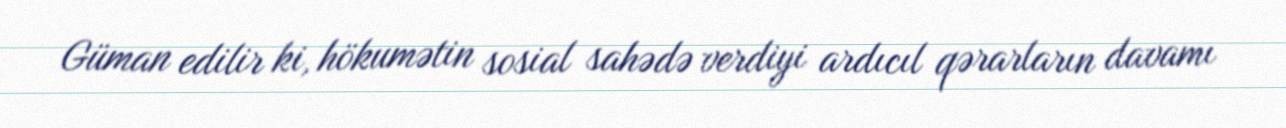
Güman edilir ki, hökumətin sosial sahədə verdiyi ardıcıl qərarların davamı